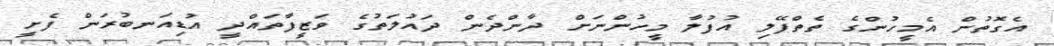
އެގޮތުން އެމީހުންގެ ތެތްފޭލި އުފުލާ މީހުންނަށް ދާންދެން ދައުލަތުގެ ވަޒީފާތައްދީ އުޑިއަނބުރަން ފެށީ